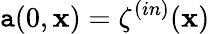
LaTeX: \mathtt{a}(0,\mathbf{{x}})=\mathbf{{\zeta}}^{(in)}(\mathbf{{x}})